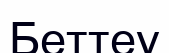
Беттеу